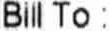
BILL TO :